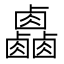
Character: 𠨋